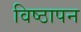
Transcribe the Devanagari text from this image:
विष्ठापन